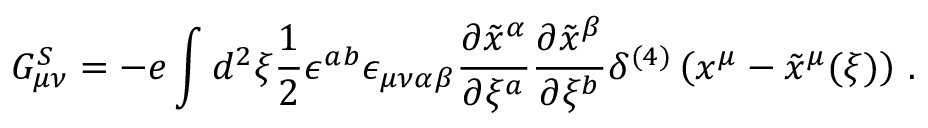
G _ { \mu \nu } ^ { S } = - e \int d ^ { 2 } \xi \frac { 1 } { 2 } \epsilon ^ { a b } \epsilon _ { \mu \nu \alpha \beta } \frac { \partial \tilde { x } ^ { \alpha } } { \partial \xi ^ { a } } \frac { \partial \tilde { x } ^ { \beta } } { \partial \xi ^ { b } } \delta ^ { ( 4 ) } \left( x ^ { \mu } - \tilde { x } ^ { \mu } ( \xi ) \right) \, .